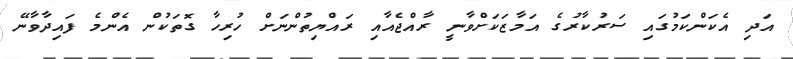
އަދި އެކަންކަމުގައި ސަރުކާރުގެ އަމާޒަކަށްވާނީ ރާއްޖެއާއި ރައްޔިތުންނަށް ހުރިހާ ގޮތަކުން އެންމެ ފައިދާވާނޭ